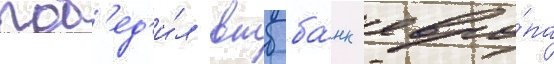
поб'ед'и́л втб ба́нк евро́па